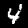
Label: 4